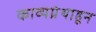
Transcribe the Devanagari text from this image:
काव्यग्रंथाहून